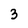
Character: 3